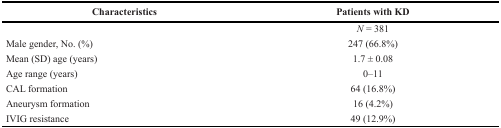
<table><thead><tr><td><b>Characteristics</b></td><td><b>Patients with KD</b></td></tr></thead><tbody><tr><td></td><td><i>N</i> = 381</td></tr><tr><td>Male gender, No. (%)</td><td>247 (66.8%)</td></tr><tr><td>Mean (SD) age (years)</td><td>1.7 ± 0.08</td></tr><tr><td>Age range (years)</td><td>0–11</td></tr><tr><td>CAL formation</td><td>64 (16.8%)</td></tr><tr><td>Aneurysm formation</td><td>16 (4.2%)</td></tr><tr><td>IVIG resistance</td><td>49 (12.9%)</td></tr></tbody></table>